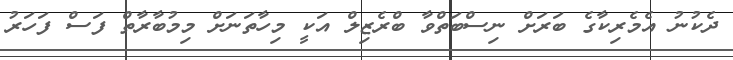
ދެކުނު އެމެރިކާގެ ބަރަށް ނިސްބަތްވާ ބްރެޒިލް އަކީ މިހާތަނަށް މިމުބާރާތް ފަސް ފަހަރު